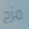
مزج